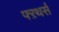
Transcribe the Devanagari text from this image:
फ्ऱथर्स